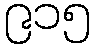
၉၁၅